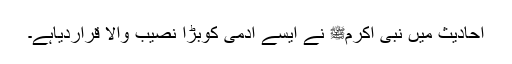
احادیث میں نبی اکرمﷺ نے ایسے آدمی کوبڑا نصیب والا قراردیاہے۔